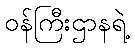
ဝန်ကြီးဌာနရဲ့